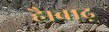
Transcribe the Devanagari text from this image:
है।बाढ़